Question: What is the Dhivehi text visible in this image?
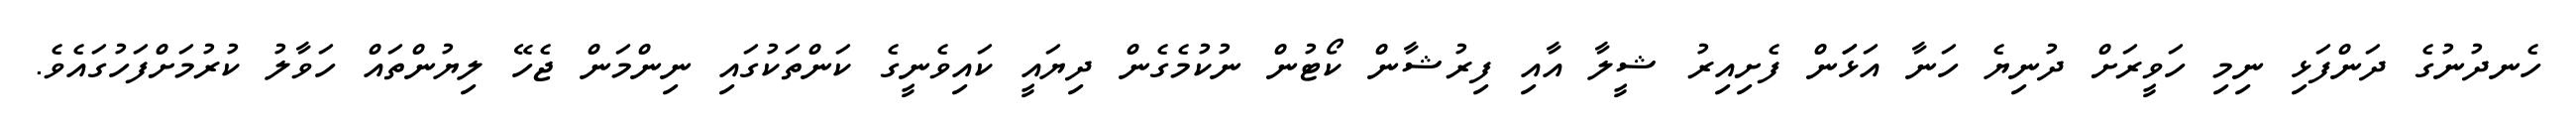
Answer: ހެނދުނުގެ ދަންފަޅި ނިމި ހަވީރަށް ދުނިޔެ ހަނާ އަޅަަން ފެށިއިރު ޝީލާ އާއި ފިރުޝާން ކޯޓުން ނުކުމެގެން ދިޔައީ ކައިވެނީގެ ކަންތަކުގައި ނިންމަން ޖެހޭ ލިޔުންތައް ހަވާލު ކުރުމަށްފަހުގައެވެ.